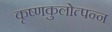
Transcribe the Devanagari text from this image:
कृष्णकुलोत्पन्न